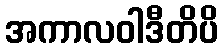
အကာလဝါဒီတိပိ